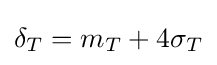
\delta _{T}=m_{T}+4\sigma _{T}